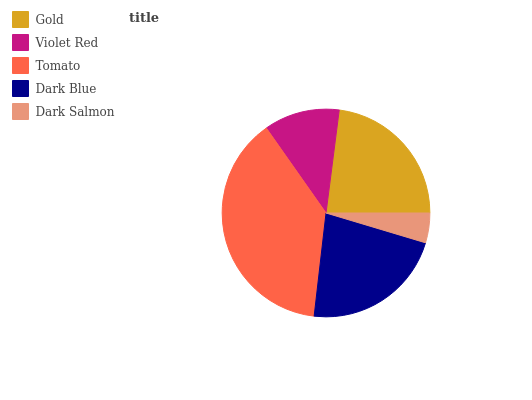
| Gold | Violet Red | Tomato | Dark Blue | Dark Salmon |
 | --- | --- | --- | --- | --- |
 | 23% | 11.8% | 38.4% | 22.2% | 4.64% |